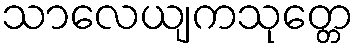
သာလေယျကသုတ္တေ